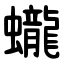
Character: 蠬